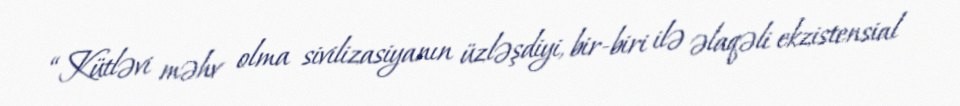
“Kütləvi məhv olma sivilizasiyanın üzləşdiyi, bir-biri ilə əlaqəli ekzistensial